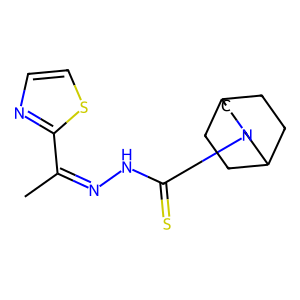
SMILES: CC(=NNC(=S)N1CC2CCC(CC2)C1)c1nccs1
Inhibits HIV replication: No